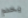
يخدم